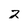
Character: z